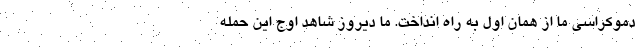
دموکراسی ما از همان اول به راه انداخت. ما دیروز شاهد اوج این حمله